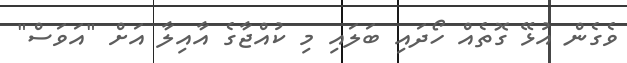
ވެގެން އުޅޭ ގޮތެއް ހޯދައި ބަލައި މި ކުއްޖާގެ އާއިލާ އަށް "އަވަސް"